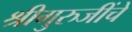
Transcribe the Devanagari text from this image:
श्रीगुरुजींचे